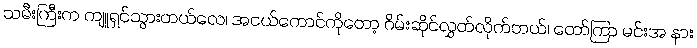
သမီးကြီးက ကျူရှင်သွားတယ်လေ၊ အငယ်ကောင်ကိုတော့ ဂိမ်းဆိုင်လွှတ်လိုက်တယ်၊ တော်ကြာ မင်းအ နား